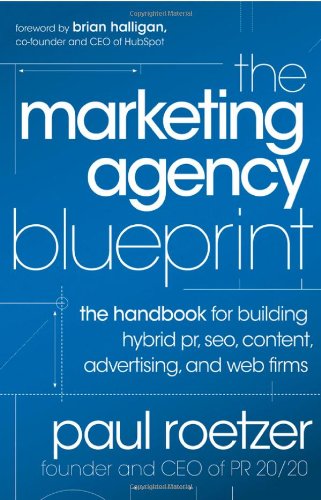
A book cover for The Marketing Agency Blueprint: The Handbook for Building Hybrid PR, SEO, Content, Advertising, and Web Firms; Paul Roetzer; Computers & Technology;